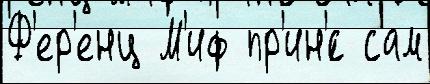
Ф'ер'енц М'иф пр'ин'́с сам